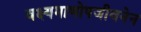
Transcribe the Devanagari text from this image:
वक्ष्यमाणोपजीवनेन